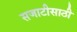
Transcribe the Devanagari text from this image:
सजाटीसाठी